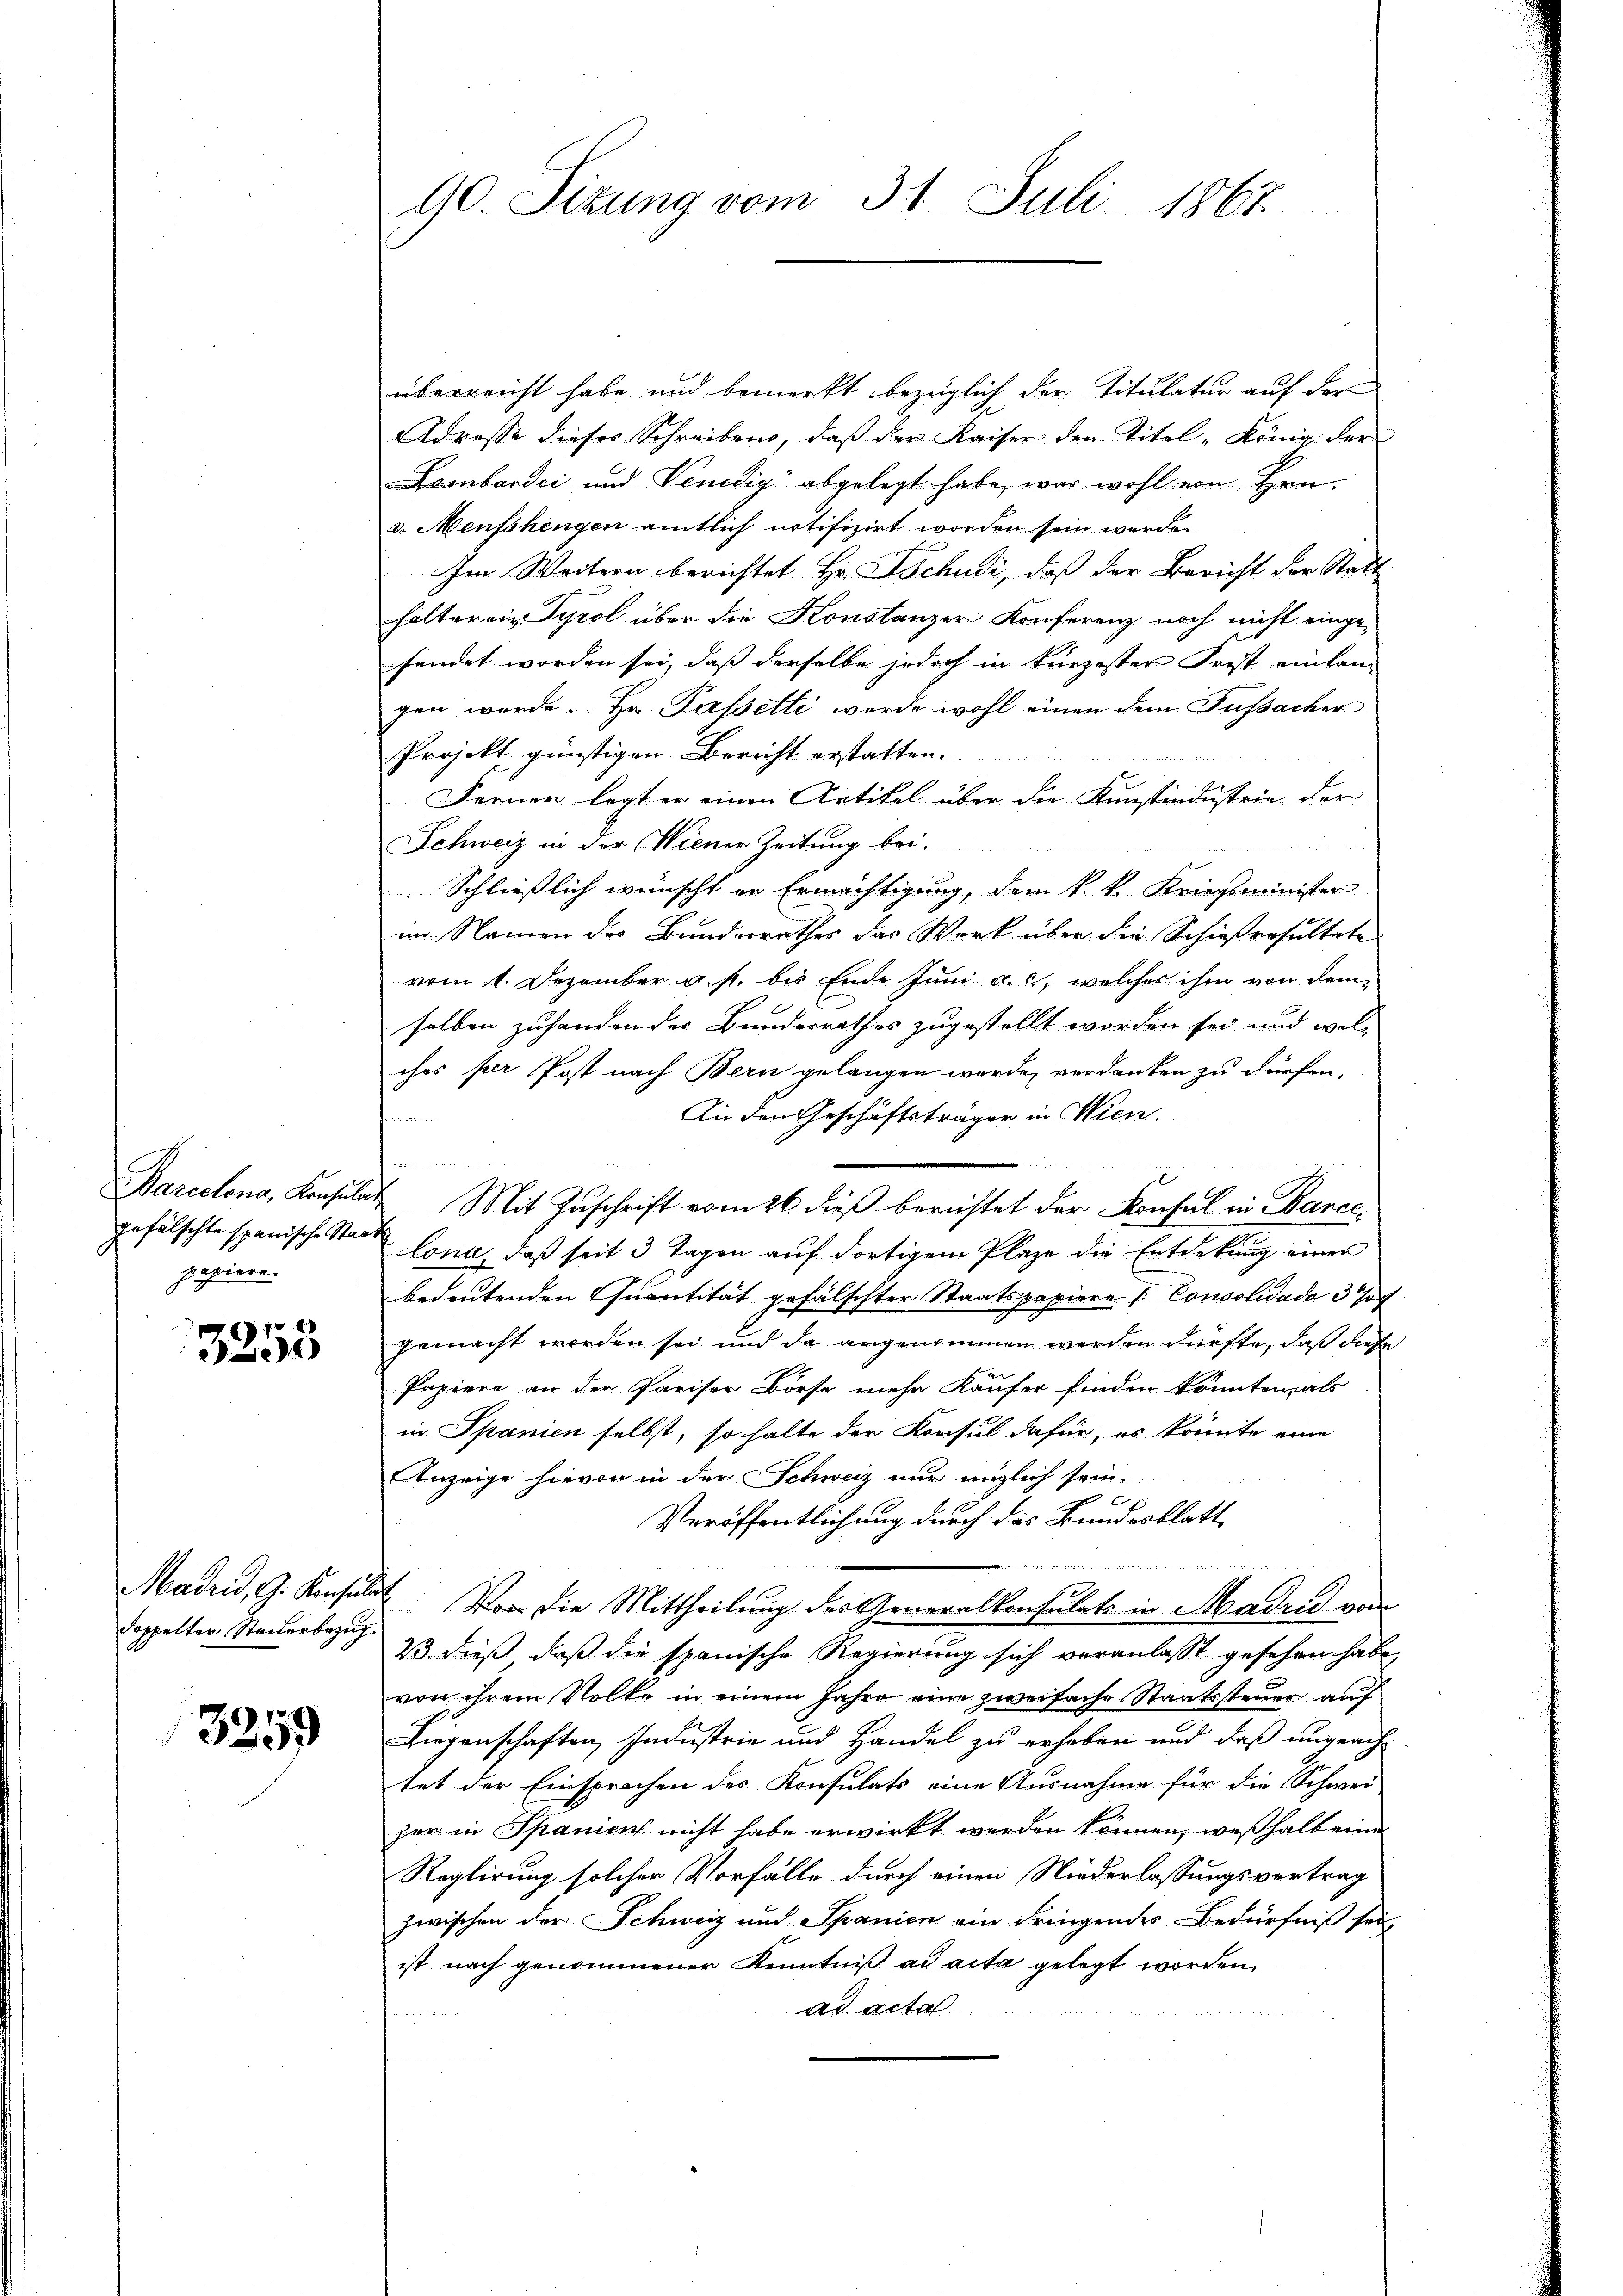
Barcelona, Konsula
gefälschte spanische Stapapiere.

1
5

doppelter Steiderbezug.

3259

90. Sizung vom 31. Juli 1867.

überreicht habe und bemerkt bezüglich der Titulatur auf der
Adresse dieses Schreibens, daß der Kaiser den Titel - König der
Lombardi und Venedig abgelegt habe, was wohl von Hrn.
v. Menschengen amtlich notifizirt worden sein werde.
Im Weitern berichtet Hr. Tschudi, daß der Bericht der Stadt
haltereiz. Tyrol über die Konstanzer Konferenz noch nicht einge-
fendet worden sei, daß derselbe jedoch in kürzester Frist einsam
gen werde. Hr. Passetti wurde wohl einen dem Fussacher
Projekt günstigen Bericht erstatten.
Ferner legt er einen Artikel über die Künstindustrie der
Schweiz in der Wiener Zeitung bei.

Schließlich wünscht er Ermächtigung, dem k. k. Kriegsminister
im Namen der Bunderrathes das Werk über die Schießresultate
vom 1. Dezember a. p. bis Ende Juni a. c., welches ihm von dem-
selben zuhanden der Bundesrathes zugestellt worden sei und wel-
ches per Post nach Bern gelangen werde, verdanken zu dürfen.
In den Geschäftsträger in Wien.
 f 8 x
 Mit Zuschrift vom 26. dieß berichtet der Konsul in Barce
Cona, daß seit 3 Tagen auf dortigem Plaze die Entdekung einer
bedeutenden Quantität gefälschter Staatspapiere Consolidado 3 f
gemacht werden sei und da angenommen werden dürfte, daß diese
Papiere an der Pariser Börse mehr Käufer finden könnten, als
in Spanien selbst, so halte der Krasul dafür, es könnte eine
Anzeige hievon in der Schweiz nur möglich sein.
C
Veröffentlichung durch das Bundesblatt
1
Madrid, G. Konsulat Vor die Mittheilung des Generalkonsulats in Madrid von
23. dieß, daß die spanische Regierung sich veranlasst gesehen habe,
von ihrem Volke in einem Jahre eine zweifache Staatssteuer auf
Liegenschaften Industrie und Handel zu erhoben und daß ungeachtet der Einsprachen des Konsulats eine Ausnahme für die Schwei-
per in Spanien nicht habe erwirkt werden können, weßhalb eine
Reglirung solcher Vorfälle durch einen Niederlassungsvertrag
zwischen der Schweiz und Spanien ein dringendes Bedürfniß sei
ist nach genommener Kenntniß ad acta gelegt worden,
ad acta